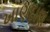
ખાણદાણ